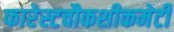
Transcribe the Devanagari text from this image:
फारेस्टचौकशीकमेटी